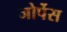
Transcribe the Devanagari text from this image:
जोर्पेस